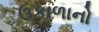
ઉકાળાનો